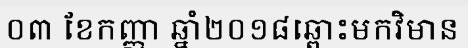
០៣ ខែកញ្ញា ឆ្នាំ២០១៨ឆ្ពោះមកវិមាន